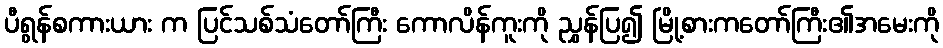
ပီရွန်စကားယား က ပြင်သစ်သံတော်ကြီး ကောလိန်ကူးကို ညွှန်ပြ၍ မြို့စားကတော်ကြီး၏အမေးကို